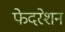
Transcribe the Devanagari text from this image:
फेदरेशन